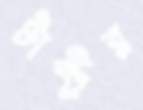
টাক্ট্রর